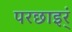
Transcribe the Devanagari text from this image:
परछाइर्ं